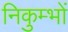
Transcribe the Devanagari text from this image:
निकुम्भों